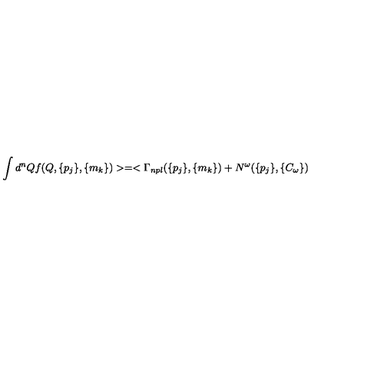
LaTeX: \int d ^ { n } Q f ( Q , \{ p _ { j } \} , \{ m _ { k } \} ) > = < \Gamma _ { n p l } ( \{ p _ { j } \} , \{ m _ { k } \} ) + N ^ { \omega } ( \{ p _ { j } \} , \{ C _ { \omega } \} )